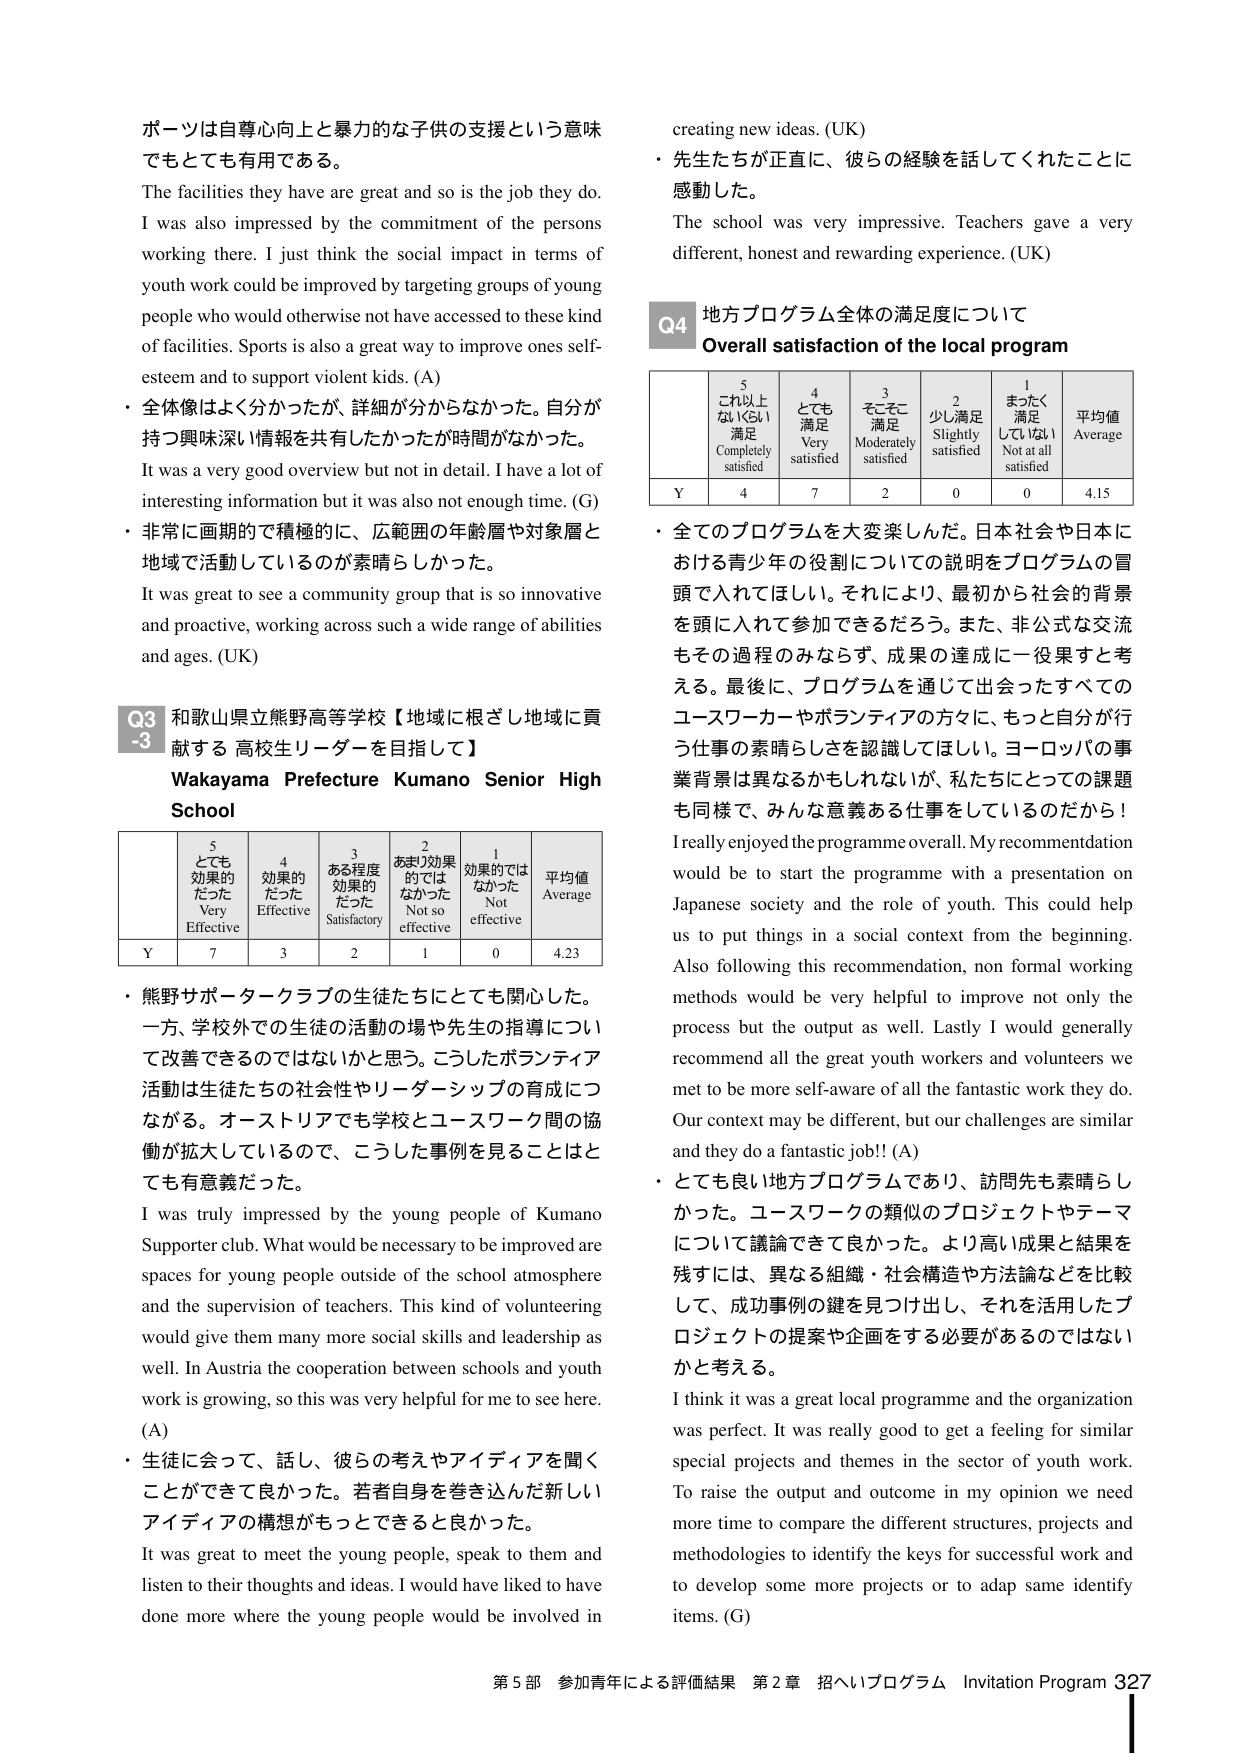
ボーツは自尊心向上と暴力的な子供の支援という意味でもとても有用である。
The facilities they have are great and so is the job they do. I was also impressed by the commitment of the persons working there. I just think the social impact in terms of youth work could be improved by targeting groups of young people who would otherwise not have accessed to these kind of facilities. Sports is also a great way to improve ones self-esteem and to support violent kids. (A)
・全体像はよく分かったが、詳細が分からなかった。自分が持つ興味深い情報を共有したかったが時間がなかった。
It was a very good overview but not in detail. I have a lot of interesting information but it was also not enough time. (G)
・非常に画期的で積極的に、広範囲の年齢層や対象層と地域で活動しているのが素晴らしかった。
It was great to see a community group that is so innovative and proactive, working across such a wide range of abilities and ages. (UK)
Q3 和歌山県立熊野高等学校【地域に根ざし地域に貢献する 高校生リーダーを目指して】
Wakayama Prefecture Kumano Senior High School
5 とても効果的だった Very Effective
4 効果的だった Effective
3 ある程度効果的だった Satisfactory
2 あまり効果的ではなかった Not so effective
1 効果的ではなかった Not effective
平均値 Average
Y 7 3 2 1 0 4.23
・熊野サポータクラブの生徒たちにとても関心した。一方、学校外での生徒の活動の場や先生の指導について改善できるのではないかと思う。こうしたボランティア活動は生徒たちの社会性やリーダーシップの育成につながる。オーストリアでも学校とユースワーク間の協働が拡大しているので、こうした事例を見ることはとても有意義だった。
I was truly impressed by the young people of Kumano Supporter club. What would be necessary to be improved are spaces for young people outside of the school atmosphere and the supervision of teachers. This kind of volunteering would give them many more social skills and leadership as well. In Austria the cooperation between schools and youth work is growing, so this was very helpful for me to see here. (A)
・生徒に会って、話し、彼らの考えやアイディアを聞くことができて良かった。若者自身を巻き込んだ新しいアイディアの構想がもっとできると良かった。
It was great to meet the young people, speak to them and listen to their thoughts and ideas. I would have liked to have done more where the young people would be involved in creating new ideas. (UK)
・先生たちが正直に、彼らの経験を話してくれたことに感動した。
The school was very impressive. Teachers gave a very different, honest and rewarding experience. (UK)
Q4 地方プログラム全体の満足度について
Overall satisfaction of the local program
5 これ以上ないくらい満足 Completely satisfied
4 とても満足 Very satisfied
3 そこそこ満足 Moderately satisfied
2 少し満足 Slightly satisfied
1 まったく満足していない Not at all satisfied
平均値 Average
Y 4 7 2 0 0 4.15
・全てのプログラムを大変楽しんだ。日本社会や日本における青少年の役割についての説明をプログラムの冒頭で入れてほしい。それにより、最初から社会的背景を頭に入れて参加できるだろう。また、非公式な交流もその過程のみならず、成果の達成に一役果すと考える。最後に、プログラムを通じて出会ったすべてのユースワーカーやボランティアの方々に、もっと自分が行う仕事の素晴らしさを認識してほしい。ヨーロッパの事業背景は異なるかもしれないが、私たちにとっての課題も同様で、みんな意義ある仕事をしているのだから！
I really enjoyed the programme overall. My recommendation would be to start the programme with a presentation on Japanese society and the role of youth. This could help us to put things in a social context from the beginning. Also following this recommendation, non formal working methods would be very helpful to improve not only the process but the output as well. Lastly I would generally recommend all the great youth workers and volunteers we met to be more self-aware of all the fantastic work they do. Our context may be different, but our challenges are similar and they do a fantastic job!! (A)
・とても良い地方プログラムであり、訪問先も素晴らしかった。ユースワークの類似のプロジェクトやテーマについて議論できて良かった。より高い成果と結果を残すには、異なる組織・社会構造や方法論などを比較して、成功事例の鍵を見つけ出し、それを活用したプロジェクトの提案や企画をする必要があるのではないかと考える。
I think it was a great local programme and the organization was perfect. It was really good to get a feeling for similar special projects and themes in the sector of youth work. To raise the output and outcome in my opinion we need more time to compare the different structures, projects and methodologies to identify the keys for successful work and to develop some more projects or to adap same identify items. (G)
第5部 参加青年による評価結果 第2章 招へいプログラム Invitation Program 327